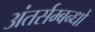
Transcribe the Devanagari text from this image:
अंतर्सम्बन्धों